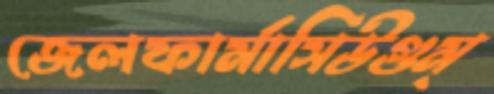
জেলফার্মাসিউগুম্‌